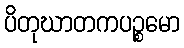
ပိတုဃာတကပဉ္စမော